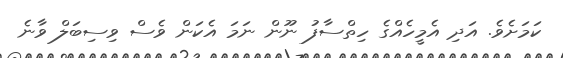
ކަމަށެވެ. އަދި އެމީހެއްގެ ހިތްސާފު ނޫން ނަމަ އެކަން ވެސް ވިސިބަލް ވާނެ